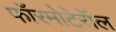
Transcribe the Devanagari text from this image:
फॉरमोटेरॉल